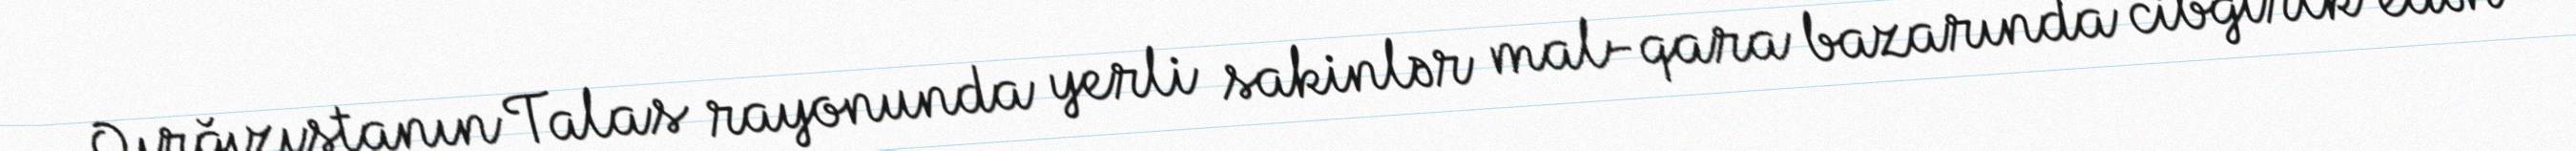
Qırğızıstanın Talas rayonunda yerli sakinlər mal-qara bazarında cibgirlk edən